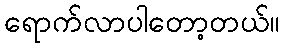
ရောက်လာပါတော့တယ်။